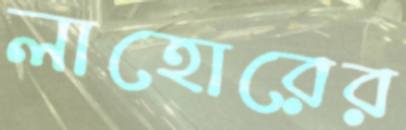
লাহোরের